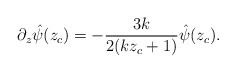
\begin{align*}\partial_z \hat{\psi}(z_c) = - {3 k \over 2 (k z_c +1)} \hat{\psi}(z_c).\end{align*}